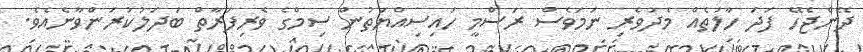
ދޭންޖެހޭ ފަދަ ހާލަތެއް މެދުވެރި ނަމަވެސް ރަސްމީ ހައިސިއްޔަތުން ސިމްގެ ވެރިފަރާތް ބަދަލުކުރަންވާނެއެވެ.